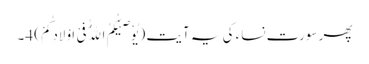
پھر سورت نساء کی یہ آیت (یُوْصِیْکُمُ اللّٰهُ فِیْ اَوْلَادِکُمْ) 4۔